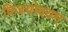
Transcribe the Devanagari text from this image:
विजयोदयम्